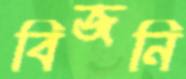
বিজনি